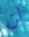
لن